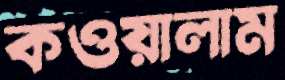
কওয়ালাম